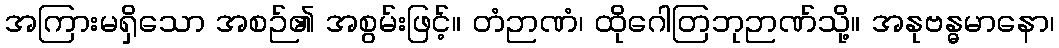
အကြားမရှိသော အစဉ်၏ အစွမ်းဖြင့်။ တံဉာဏံ၊ ထိုဂေါတြဘုဉာဏ်သို့။ အနုဗန္ဓမာနော၊